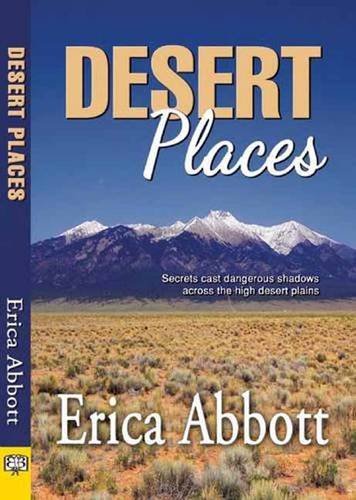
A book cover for Desert Places; Erica Abbott; Romance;